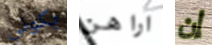
بكوني اراهن إن